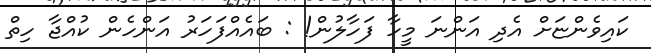
ކައިވެންޏަށް އެދި އަންނަ މީހާ ފަހާލުން! : ބައެއްފަހަރު އަންހެން ކުއްޖާ ހިތް